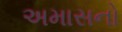
અમાસનો